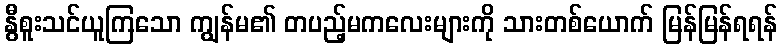
နွီစူးသင်ယူကြသော ကျွန်မ၏ တပည့်မကလေးများကို သားတစ်ယောက် မြန်မြန်ရရန်